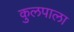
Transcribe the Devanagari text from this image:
कुलपाला